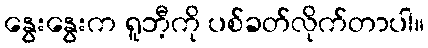
နွေးနွေးက ရူဘီ့ကို ပစ်ခတ်လိုက်တာပါ။